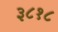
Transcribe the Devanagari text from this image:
३८१८